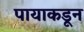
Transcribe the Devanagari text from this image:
पायाकडून